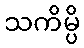
သကိမ္ပိ